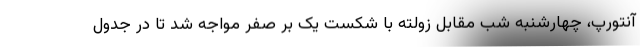
آنتورپ، چهارشنبه شب مقابل زولته با شکست یک بر صفر مواجه شد تا در جدول